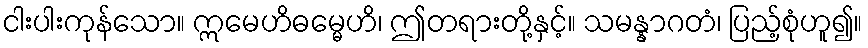
ငါးပါးကုန်သော။ ဣမေဟိဓမ္မေဟိ၊ ဤတရားတို့နှင့်။ သမန္နာဂတံ၊ ပြည့်စုံဟူ၍။